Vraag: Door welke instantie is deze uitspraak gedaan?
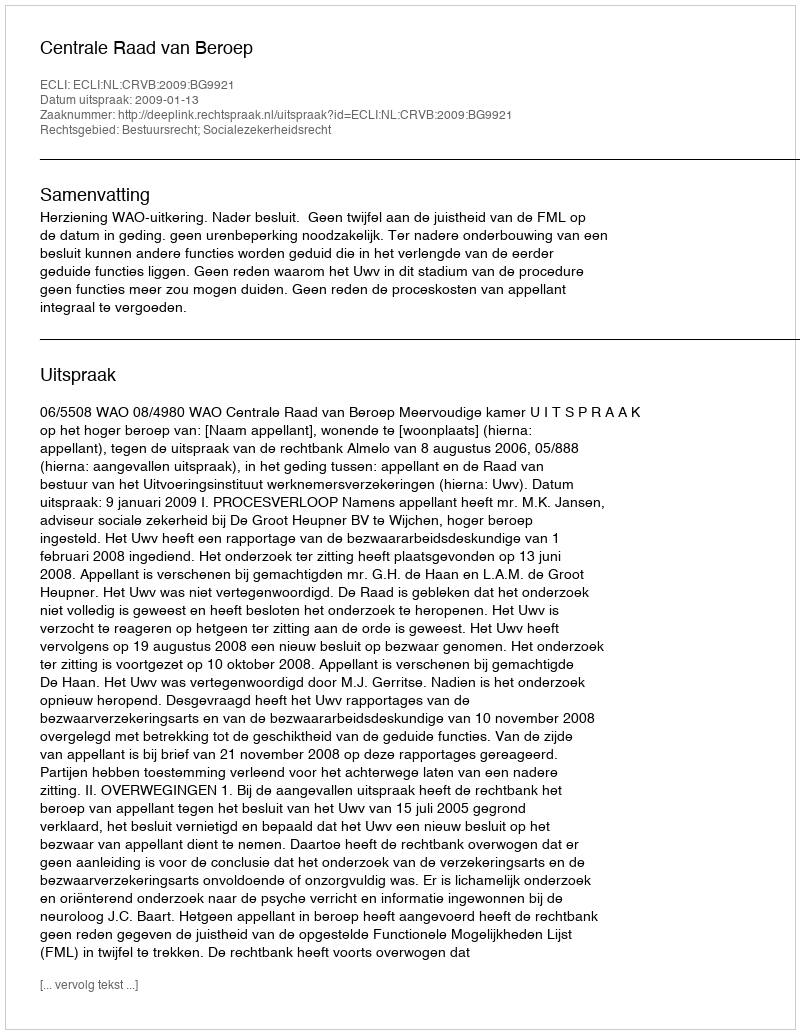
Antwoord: Centrale Raad van Beroep